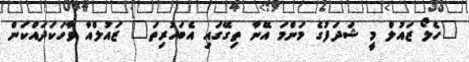
"ހެލޯ ޒައުލް މީ ޝަދަފުގެ މަންމަ އޭނާ ތިގޭގައި އެބަހުރިތަ" ޒައުލްއާ ވާހަކަދައްކަން